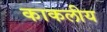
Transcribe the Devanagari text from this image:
काकलीय